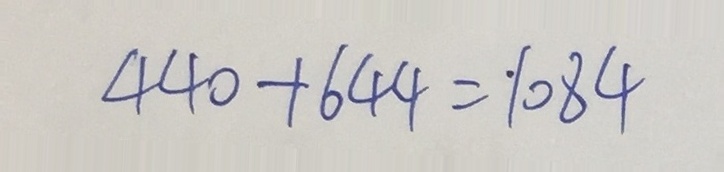
4 4 0 + 6 4 4 = \cdot 1 0 8 4